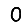
Digit: 0